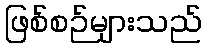
ဖြစ်စဉ်များသည်